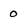
Character: 0